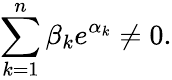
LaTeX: \sum_{k=1}^{n}\beta_{k}e^{\alpha_{k}}\neq 0.